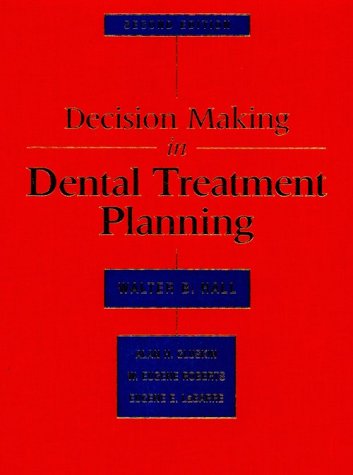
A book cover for Decision Making In Dental Treatment Planning, 2e; Walter B. Hall AB  DDS  MSD; Medical Books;